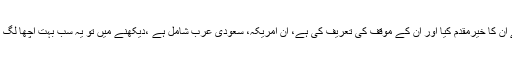
عمران خان کے خارجہ پالیسی سے متعلق موقف کو بہت پذیرائی حاصل ہوئی ہے، کئی ممالک کے سربراہان نے ان کا خیرمقدم کیا اور ان کے موقف کی تعریف کی ہے، ان امریکہ، سعودی عرب شامل ہے ،دیکھنے میں تو یہ سب بہت اچھا لگ رہا ہے اور لگتا ہے کہ معاملات صلح وصفائی سے طے پا جائیں گے مگر اس کے لیے کڑی محنت کرنا ہوگی۔